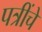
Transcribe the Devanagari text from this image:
पत्रींचे